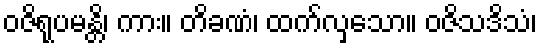
ဝဇိရုပမန္တိ၊ ကား။ တိခဏံ၊ ထက်လှသော။ ဝဇိသဒိသံ၊